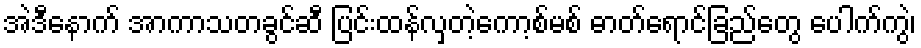
အဲဒီနောက် အာကာသတခွင်ဆီ ပြင်းထန်လှတဲ့ကော့စ်မစ် ဓာတ်ရောင်ခြည်တွေ ပေါက်ကွဲ၊